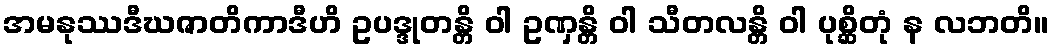
အမနုဿဒီဃဇာတိကာဒီဟိ ဥပဒ္ဒုတန္တိ ဝါ ဥဏှန္တိ ဝါ သီတလန္တိ ဝါ ပုစ္ဆိတုံ န လဘတိ။